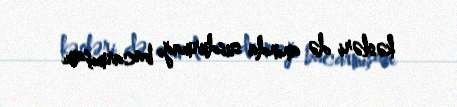
kəsləri də anında susdurmağı bacarmışam.